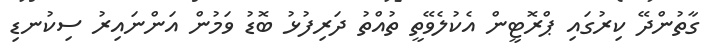
ގާތުންދޭ ކިރުގައި ޕްރޮޓީން އެކުލެވޭތީ ތުއްތު ދަރިފުޅު ބޮޑު ވަމުން އަންނައިރު ސިކުނޑި